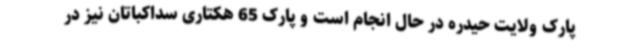
پارک ولایت حیدره در حال انجام است و پارک 65 هکتاری سداکباتان نیز در